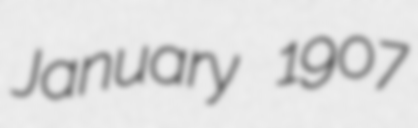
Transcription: January 1907